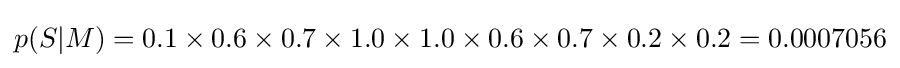
p(S\vert M)=0.1\times 0.6\times 0.7\times 1.0\times 1.0\times 0.6\times 0.7\times 0.2\times 0.2=0.0007056